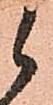
候